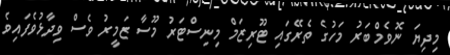
މިދިޔަ ނޮވެމްބަރު މަހުގެ ތެރޭގައި ޓޫރިޒަމް މިނިސްޓަރު މޫސާ ޒަމީރު ވެސް ވިދާޅުވެފައިވެ